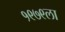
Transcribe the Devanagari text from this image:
१९७९ला